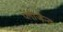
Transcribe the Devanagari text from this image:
प्लीजैन्ट